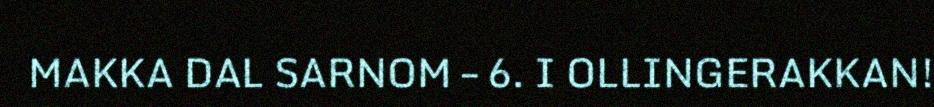
MAKKA DAL SARNOM – 6. I OLLINGERAKKAN!